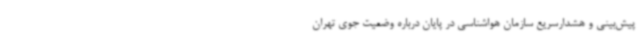
پیش‌بینی و هشدارسریع سازمان هواشناسی در پایان درباره وضعیت جوی تهران